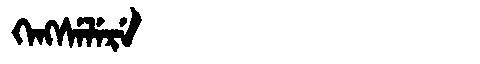
Manchu: ᡴᡝᠩᠰᡝᠯᡝᡵᡝ
Romanization: KENGSELERE